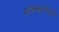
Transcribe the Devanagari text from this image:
अभिकल्पियों